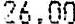
26.00